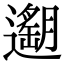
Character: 𨗽